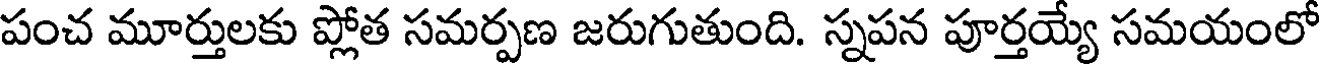
పంచ మూర్తులకు ప్లోత సమర్పణ జరుగుతుంది. స్నపన పూర్తయ్యే సమయంలో